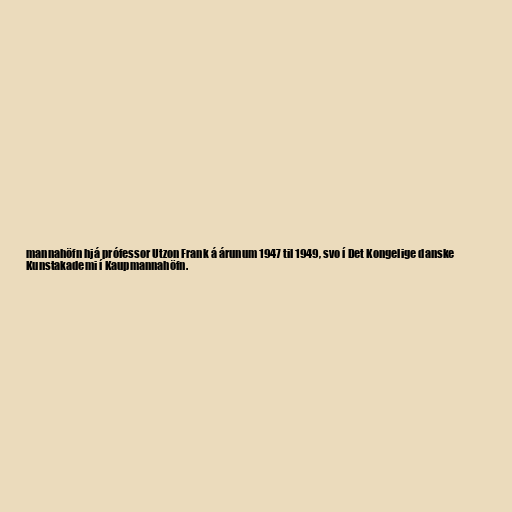
mannahöfn hjá prófessor Utzon Frank á árunum 1947 til 1949, svo í Det Kongelige danske
Kunstakademi í Kaupmannahöfn.